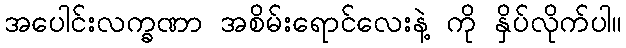
အပေါင်းလက္ခဏာ အစိမ်းရောင်လေးနဲ့ ကို နှိပ်လိုက်ပါ။